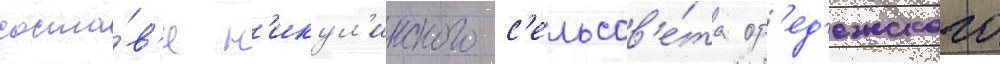
соста́в'е н'икул'инского с'ельсов'е́та ор'ед'ежского